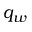
q _ { w }